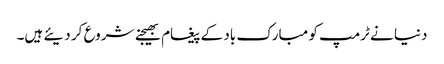
دنیا نے ٹرمپ کو مبارک باد کے پیغام بھیجنے شروع کر دیئے ہیں۔